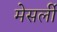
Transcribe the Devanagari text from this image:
मेसर्ली